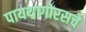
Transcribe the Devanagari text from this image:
पायथागोरसचे